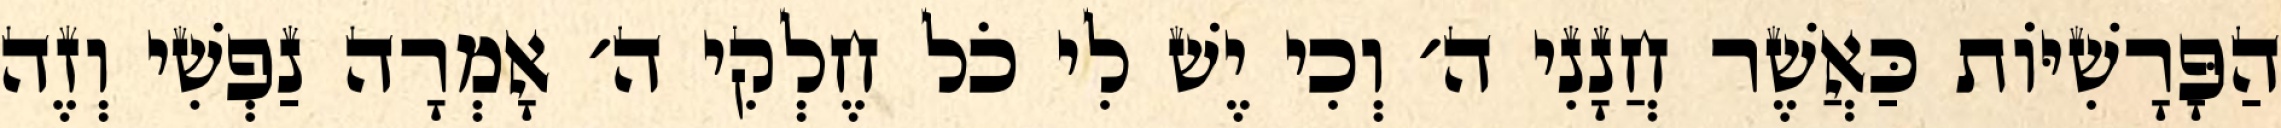
הַפָּרָשִׁיּוֹת כַּאֲשֶׁר חֲנָנִי ה׳ וְכִי יֶשׁ לִי כֹל חֶלְקִי ה׳ אָמְרָה נַפְשִׁי וְזֶה